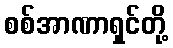
စစ်အာဏာရှင်တို့